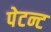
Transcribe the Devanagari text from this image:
पेटन्ट